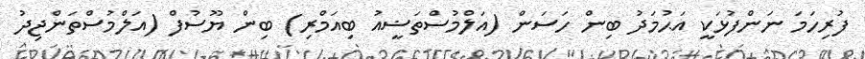
ފުރިހަމަ ނަންފުޅަކީ އަޙުމަދު ބިން ހަސަން (އަލްމުސްތަޟީއު ބިއަމްރި) ބިން ޔޫސުފް (އަލްމުސްތަންޖިދު